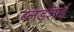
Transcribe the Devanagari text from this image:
ब्लडशाई